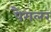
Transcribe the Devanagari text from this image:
पैगलर